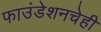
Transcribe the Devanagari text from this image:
फाउंडेशनचेही